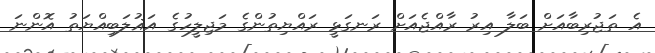
އެ ތަޖުރިބާއަށް ބަލާ އިރު ރާއްޖެއަށް ރަނގަޅީ ރައްޔިތުންގެ މަޖިލީހުގެ އަޣުލަބިއްޔަތު އޮންނަ